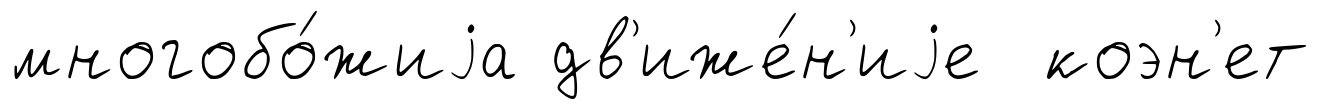
многобо́жиjа дв'иже́н'иjе коэн'ет